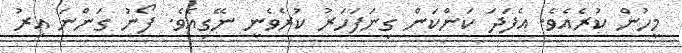
މީހުން ކުރެއެވެ. އެފަދަ ކަންކަން ގިނަފަހަރު ކުރެވެނީ ނޭގިއެެވެ. ފޯނު ގަންނަ އިރު